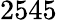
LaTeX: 2545